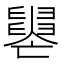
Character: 𦦭